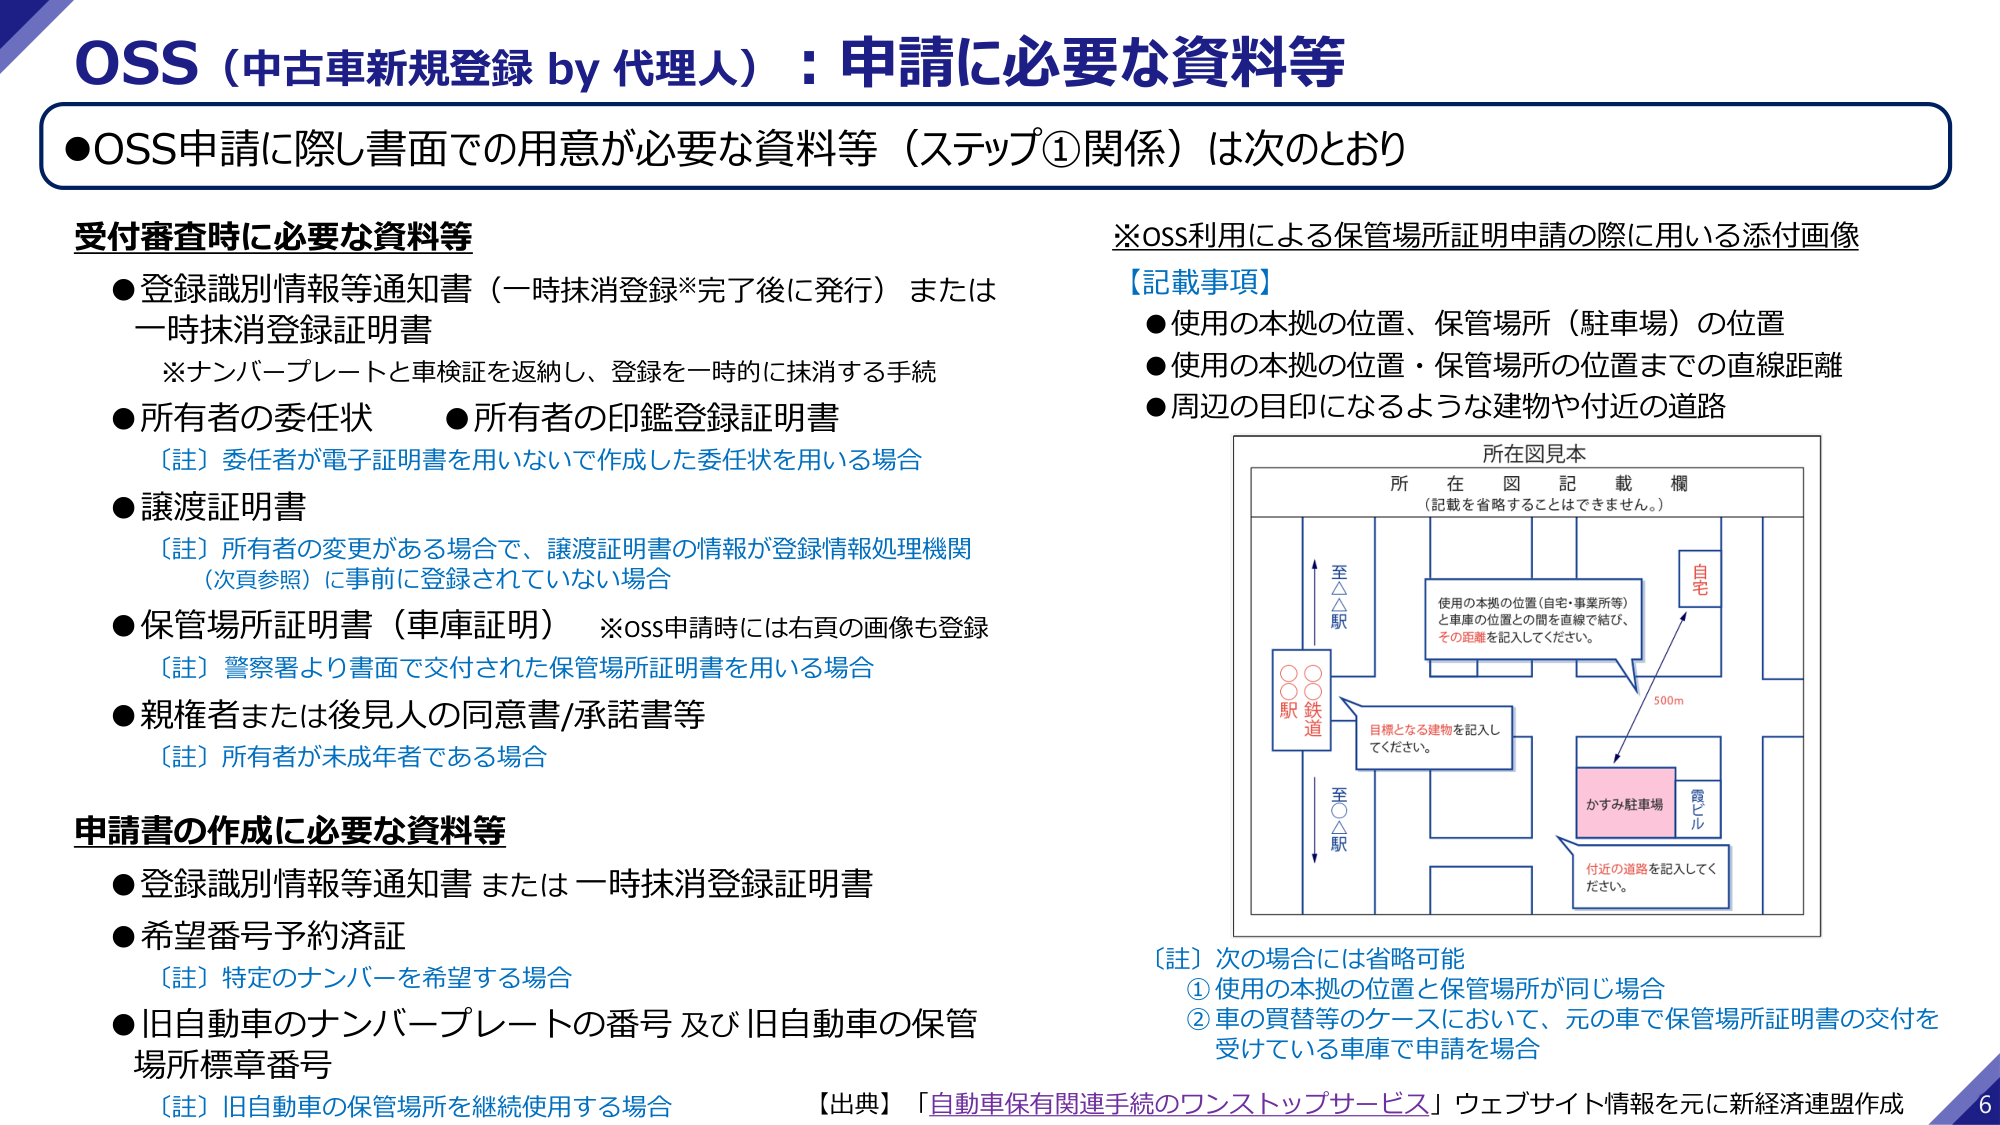
OSS（中古車新規登録 by 代理人）：申請に必要な資料等

●OSS申請に際し書面での用意が必要な資料等（ステップ①関係）は次のとおり

受付審査時に必要な資料等
●登録識別情報等通知書（一時抹消登録*完了後に発行）または一時抹消登録証明書
　※ナンバープレートと車検証を返納し、登録を一時的に抹消する手続
●所有者の委任状　●所有者の印鑑登録証明書
　〔註〕委任者が電子証明書を用いないで作成した委任状を用いる場合
●譲渡証明書
　〔註〕所有者の変更がある場合で、譲渡証明書の情報が登録情報処理機関（次頁参照）に事前に登録されていない場合
●保管場所証明書（車庫証明）　※OSS申請時には右頁の画像も登録
　〔註〕警察署より書面で交付された保管場所証明書を用いる場合
●親権者または後見人の同意書/承諾書等
　〔註〕所有者が未成年者である場合

申請書の作成に必要な資料等
●登録識別情報等通知書 または 一時抹消登録証明書
●希望番号予約済証
　〔註〕特定のナンバーを希望する場合
●旧自動車のナンバープレートの番号 及び 旧自動車の保管場所標章番号
　〔註〕旧自動車の保管場所を継続使用する場合

※OSS利用による保管場所証明申請の際に用いる添付画像
【記載事項】
●使用の本拠の位置、保管場所（駐車場）の位置
●使用の本拠の位置・保管場所の位置までの直線距離
●周辺の目印になるような建物や付近の道路

所在図見本
所在図記載欄
（記載を省略することはできません。）

使用の本拠の位置（自宅・事業所等）と車庫の位置との間を直線で結び、その距離を記入してください。

至△駅
駅鉄道
至○駅

自宅
500m
目標となる建物を記入してください。
かすみ駐車場
霞ビル
付近の道路を記入してください。

〔註〕次の場合は省略可能
①使用の本拠の位置と保管場所が同じ場合
②車の買替等のケースにおいて、元の車で保管場所証明書の交付を受けている車庫で申請を場合

【出典】「自動車保有関連手続のワンストップサービス」ウェブサイト情報を元に新経済連盟作成

6